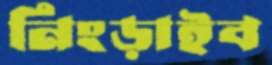
নিংড়াইব